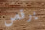
يرقص